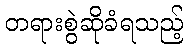
တရားစွဲဆိုခံရသည့်